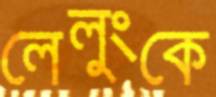
লেলুংকে